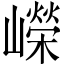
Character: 嶸